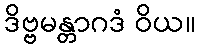
ဒိဗ္ဗမန္တာဂဒံ ဝိယ။